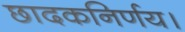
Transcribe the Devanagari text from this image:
छादकनिर्णय।